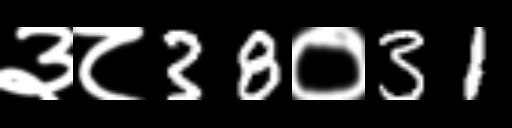
Text: ३८38०31